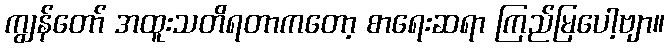
ကျွန်တော် အထူးသတိရတာကတော့ စာရေးဆရာ ကြည်မြပေါ့ဗျာ။